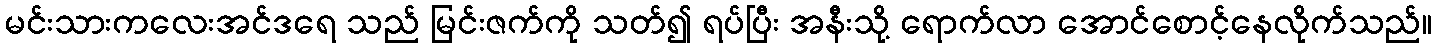
မင်းသားကလေးအင်ဒရေ သည် မြင်းဇက်ကို သတ်၍ ရပ်ပြီး အနီးသို့ ရောက်လာ အောင်စောင့်နေလိုက်သည်။